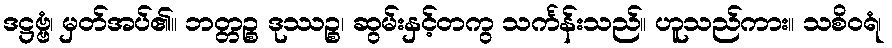
ဒဋ္ဌဗ္ဗံ၊ မှတ်အပ်၏။ ဘတ္တဉ္စ ဒုဿဉ္စ၊ ဆွမ်းနှင့်တကွ သင်္ကန်းသည်။ ဟူသည်ကား။ သစိဝရံ၊